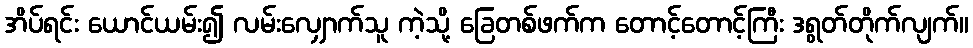
အိပ်ရင်း ယောင်ယမ်း၍ လမ်းလျှောက်သူ ကဲ့သို့ ခြေတစ်ဖက်က တောင့်တောင့်ကြီး ဒရွတ်တိုက်လျက်။